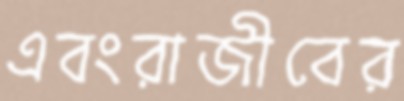
এবংরাজীবের